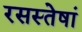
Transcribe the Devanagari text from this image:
रसस्तेषां